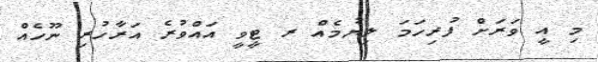
މި އީ ވަރަށް ފުރިހަމަ ލިޔުމެއް ރ ޓީވީ އައްވުރެ އަރާހުރި ނޫހެއް